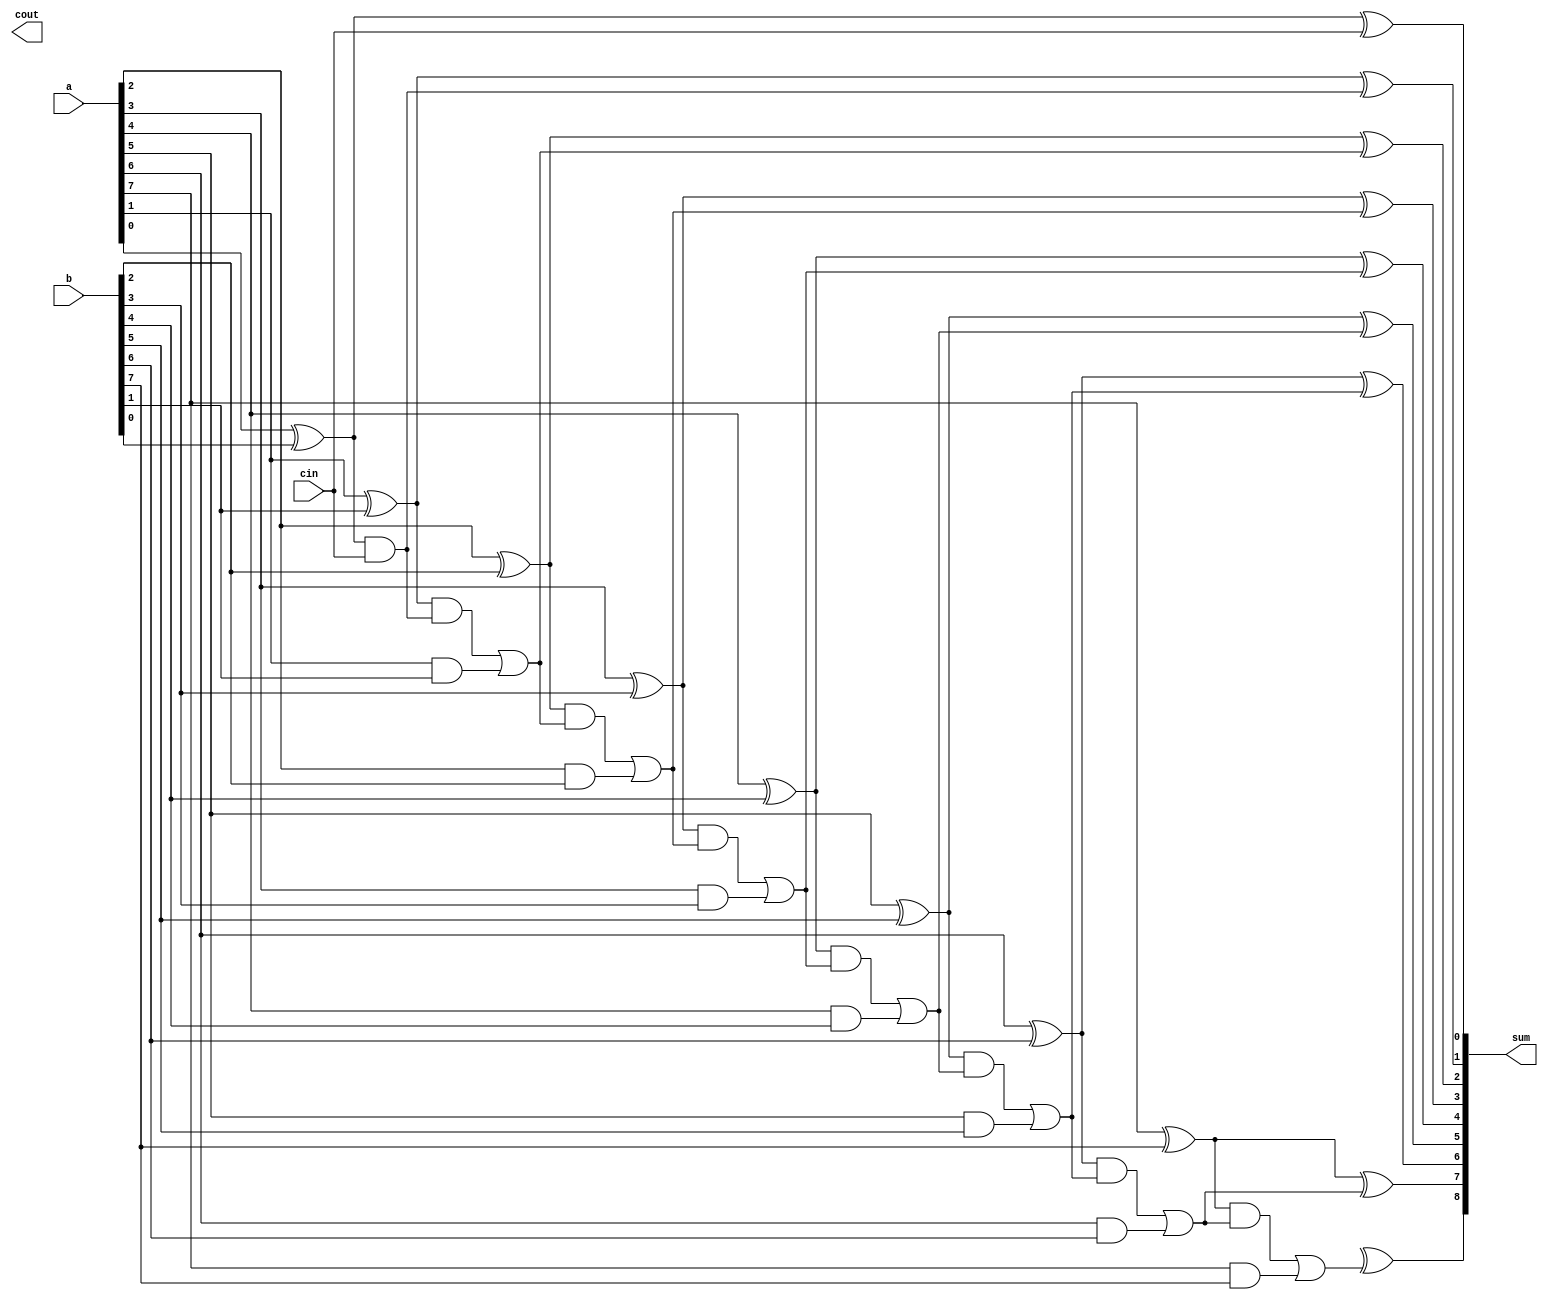
module kogge_stone_adder (
  input [7:0] a,
  input [7:0] b,
  input cin,
  output [8:0] sum,
  output cout
);

// Internal signals
wire [7:0] p, g;
wire [8:0] carry;

// Generate p and g signals for each stage
genvar i;
generate
  for (i = 0; i < 8; i = i + 1) begin: gen_stage
    assign p[i] = a[i] ^ b[i];
    assign g[i] = a[i] & b[i];
  end
endgenerate

// Calculate carry bits for each stage
assign carry[0] = p[0] & cin;
generate
  for (i = 1; i < 8; i = i + 1) begin: gen_carry
    assign carry[i] = (p[i] & carry[i-1]) | g[i];
  end
endgenerate

// Calculate sum and carry out
assign sum[0] = a[0] ^ b[0] ^ cin;
generate
  for (i = 1; i < 8; i = i + 1) begin: gen_sum_cout
    assign sum[i] = p[i] ^ carry[i-1];
  end
endgenerate
assign sum[8] = p[8] ^ carry[7];
assign cout = carry[8];

endmodule